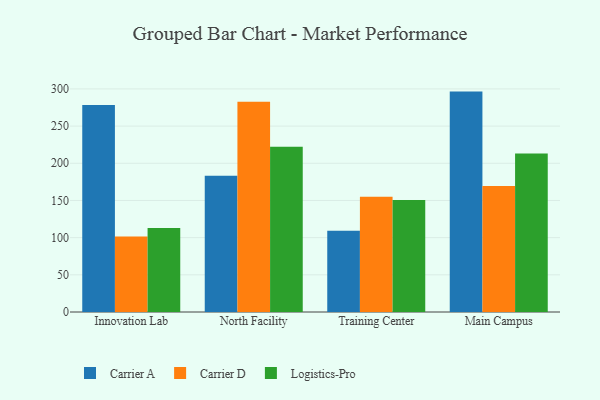
{"axis": {"x": "Campus", "y": "Temperature (°C)"}, "legend": ["Carrier A", "Carrier D", "Logistics-Pro"], "data": [{"x": "Innovation Lab", "y": 278.3, "type": "Carrier A"}, {"x": "Innovation Lab", "y": 101.5, "type": "Carrier D"}, {"x": "Innovation Lab", "y": 113.1, "type": "Logistics-Pro"}, {"x": "North Facility", "y": 183.2, "type": "Carrier A"}, {"x": "North Facility", "y": 282.8, "type": "Carrier D"}, {"x": "North Facility", "y": 222.4, "type": "Logistics-Pro"}, {"x": "Training Center", "y": 109.1, "type": "Carrier A"}, {"x": "Training Center", "y": 155.0, "type": "Carrier D"}, {"x": "Training Center", "y": 150.5, "type": "Logistics-Pro"}, {"x": "Main Campus", "y": 296.4, "type": "Carrier A"}, {"x": "Main Campus", "y": 169.3, "type": "Carrier D"}, {"x": "Main Campus", "y": 213.2, "type": "Logistics-Pro"}]}